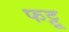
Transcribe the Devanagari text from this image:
फट्टू